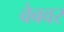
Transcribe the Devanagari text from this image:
वेबवर